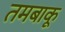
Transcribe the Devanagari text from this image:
तमबाकू